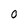
Character: O